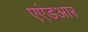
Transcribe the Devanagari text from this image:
एएंडआर